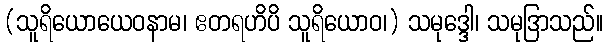
(သူရိယောယေဝနာမ၊ ဧတရဟိပိ သူရိယောဝ၊) သမုဒ္ဒေါ၊ သမုဒြာသည်။